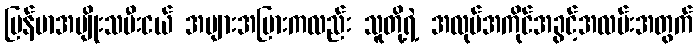
မြန်မာအမျိုးသမီးငယ် အများအပြားကလည်း သူတို့ရဲ့ အလုပ်အကိုင်အခွင့်အလမ်းအတွက်